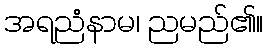
အရညံနာမ၊ ညမည်၏။